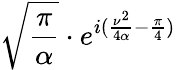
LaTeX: {\sqrt{\frac{\pi}{\alpha}}}\cdot e^{i({\frac{\nu^{2}}{4\alpha}}-{\frac{\pi}{4}})}